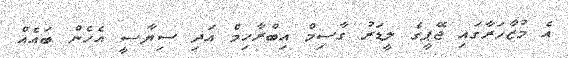
އެ މުޒާހަރާގައި ޖޭޕީގެ ލީޑަރު ގާސިމް އިބްރާހިމް އަދި ސިޔާސީ އެހެން ބައެއް